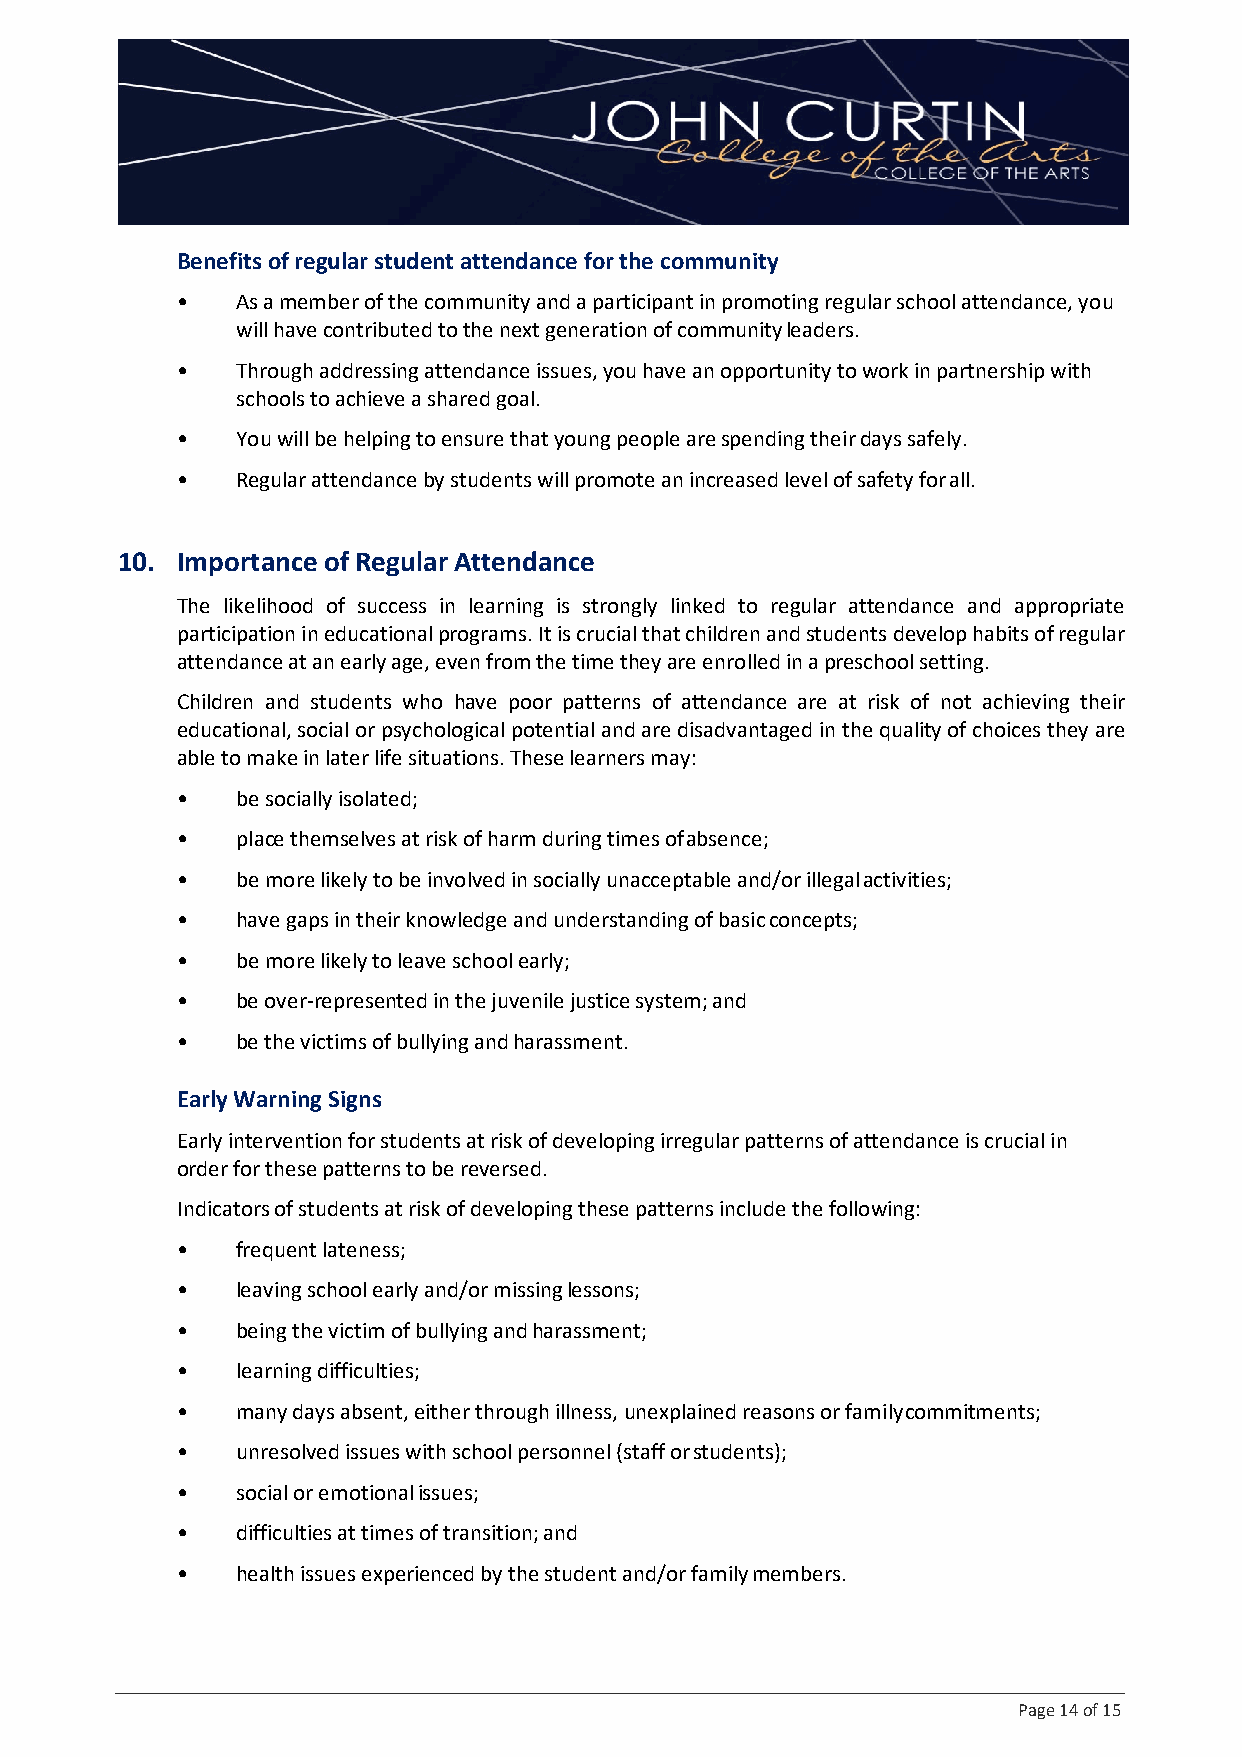
Benefits of regular student attendance for the community
 •   As a member of the community and a participant in promoting regular school attendance, you
 will have contributed to the next generation of community leaders.
 •   Through addressing attendance issues, you have an opportunity to work in partnership with
 schools to achieve a shared goal.
 •   You will be helping to ensure that young people are spending their days safely.
 •   Regular attendance by students will promote an increased level of safety for all.
 10. Importance of Regular Attendance
 The likelihood of success in learning is strongly linked to regular attendance and appropriate
 participation in educational programs. It is crucial that children and students develop habits of regular
 attendance at an early age, even from the time they are enrolled in a preschool setting.
 Children and students who have poor patterns of attendance are at risk of not achieving their
 educational, social or psychological potential and are disadvantaged in the quality of choices they are
 able to make in later life situations. These learners may:
 •   be socially isolated;
 •   place themselves at risk of harm during times of absence;
 •   be more likely to be involved in socially unacceptable and/or illegal activities;
 •   have gaps in their knowledge and understanding of basic concepts;
 •   be more likely to leave school early;
 •   be over-represented in the juvenile justice system; and
 •   be the victims of bullying and harassment.
 Early Warning Signs
 Early intervention for students at risk of developing irregular patterns of attendance is crucial in
 order for these patterns to be reversed.
 Indicators of students at risk of developing these patterns include the following:
 •   frequent lateness;
 •   leaving school early and/or missing lessons;
 •   being the victim of bullying and harassment;
 •   learning difficulties;
 •   many days absent, either through illness, unexplained reasons or family commitments;
 •   unresolved issues with school personnel (staff or students);
 •   social or emotional issues;
 •   difficulties at times of transition; and
 •   health issues experienced by the student and/or family members.
 Page 14 of 15